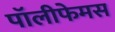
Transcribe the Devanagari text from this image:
पॉलीफेमस